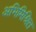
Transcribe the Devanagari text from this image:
अभिमिश्रित